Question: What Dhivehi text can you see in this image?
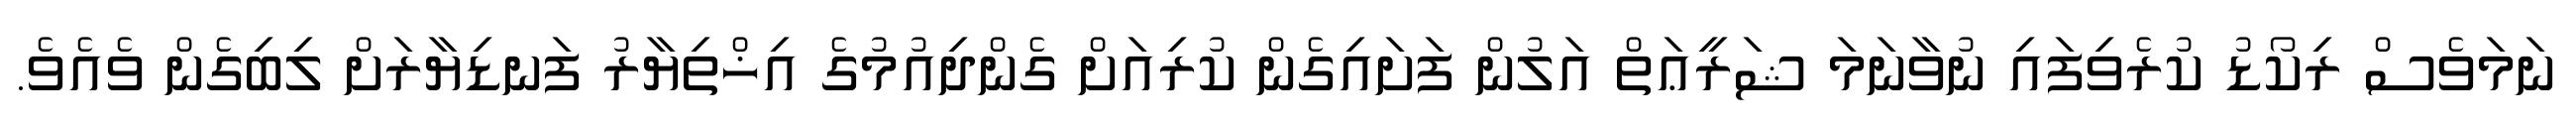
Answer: ނަމަވެސް ރިކޯޑު ކުރެވިފައި ނުވާނަމަ ޝަރީޢަތް އަލުން ފަށައިގެން ކުރިއަށް ގެންދިއުމުގެ އިޚްތިޔާރު ފަނޑިޔާރަށް ލިބިގެން ވެއެވެ.